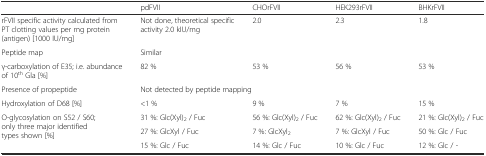
<table><thead><tr><td></td><td><b>pdFVII</b></td><td><b>CHOrFVII</b></td><td><b>HEK293rFVII</b></td><td><b>BHKrFVII</b></td></tr></thead><tbody><tr><td>rFVII specific activity calculated from PT clotting values per mg protein (antigen) [1000 IU/mg]</td><td>Not done, theoretical specific activity 2.0 kIU/mg</td><td>2.0</td><td>2.3</td><td>1.8</td></tr><tr><td>Peptide map</td><td colspan="4">Similar</td></tr><tr><td>γ-carboxylation of E35; i.e. abundance of 10<sup>th</sup> Gla [%]</td><td>82 %</td><td>53 %</td><td>56 %</td><td>53 %</td></tr><tr><td>Presence of propeptide</td><td colspan="4">Not detected by peptide mapping</td></tr><tr><td>Hydroxylation of D68 [%]</td><td>&lt;1 %</td><td>9 %</td><td>7 %</td><td>15 %</td></tr><tr><td rowspan="3">O-glycosylation on S52 / S60; only three major identified types shown [%]</td><td>31 %: Glc(Xyl)<sub>2</sub> / Fuc</td><td>56 %: Glc(Xyl)<sub>2</sub> / Fuc</td><td>62 %: Glc(Xyl)<sub>2</sub> / Fuc</td><td>21 %: Glc(Xyl)<sub>2</sub> / Fuc</td></tr><tr><td>27 %: GlcXyl / Fuc</td><td>7 %: GlcXyl<sub>2</sub></td><td>7 %: GlcXyl / Fuc</td><td>50 %: Glc / Fuc</td></tr><tr><td>15 %: Glc / Fuc</td><td>14 %: Glc / Fuc</td><td>10 %: Glc / Fuc</td><td>12 %: Glc / -</td></tr></tbody></table>